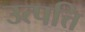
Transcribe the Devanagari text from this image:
उत्पत्ति